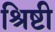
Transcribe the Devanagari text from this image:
श्रिष्टी